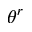
\theta ^ { r }